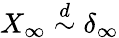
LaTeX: X_{\infty}\stackrel{d}{\sim}\delta_{\infty}